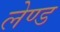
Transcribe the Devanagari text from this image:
लेण्ड